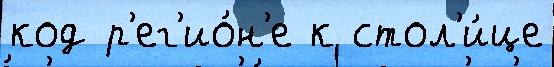
код р'ег'ио́н'е к стол'и́це